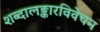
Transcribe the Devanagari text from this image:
शब्दालङ्कारविवेचन